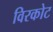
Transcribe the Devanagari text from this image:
विरकोट